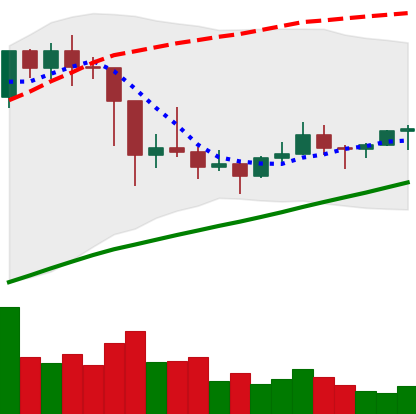
Ticker: LTC-USD
Chart end date: 2021-03-08
Forward return: 18.054%
Label: up_7plus